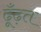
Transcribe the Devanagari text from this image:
ढूँढ़त